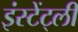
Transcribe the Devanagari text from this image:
इंस्टेंट्ली